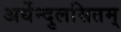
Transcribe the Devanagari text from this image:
अर्धेन्दुलसितम्